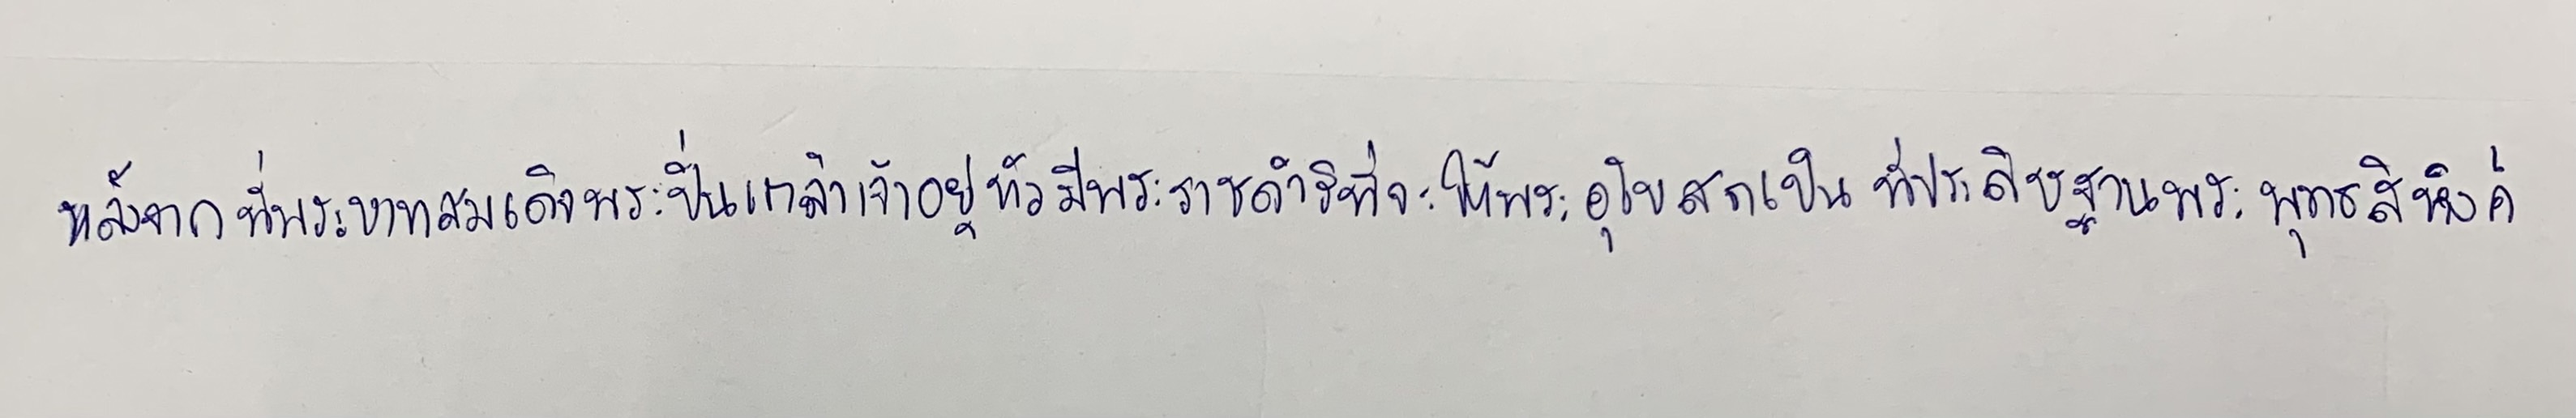
หลังจากที่พระบาทสมเด็จพระปิ่นเกล้าเจ้าอยู่หัวมีพระราชดำริที่จะให้พระอุโบสถเป็นที่ประดิษฐานพระพุทธสิหิงค์